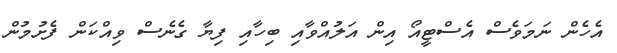
އެހެންް ނަމަވެސް އެސްޓީއޯ އިން އަލުއްވާއި ބިހާއި ފިޔާ ގެނެސް ވިއްކަން ފެށުމުން